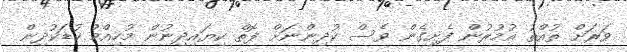
ވަރަށް ތުއްތު އުމުރުން ފެށިގެން ވެސް ކުދިންނަށް ފޮތް ކިޔައިދިނުން މުހިއްމު ކުޑަކުދިން